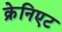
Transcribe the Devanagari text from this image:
क्रेनिएट